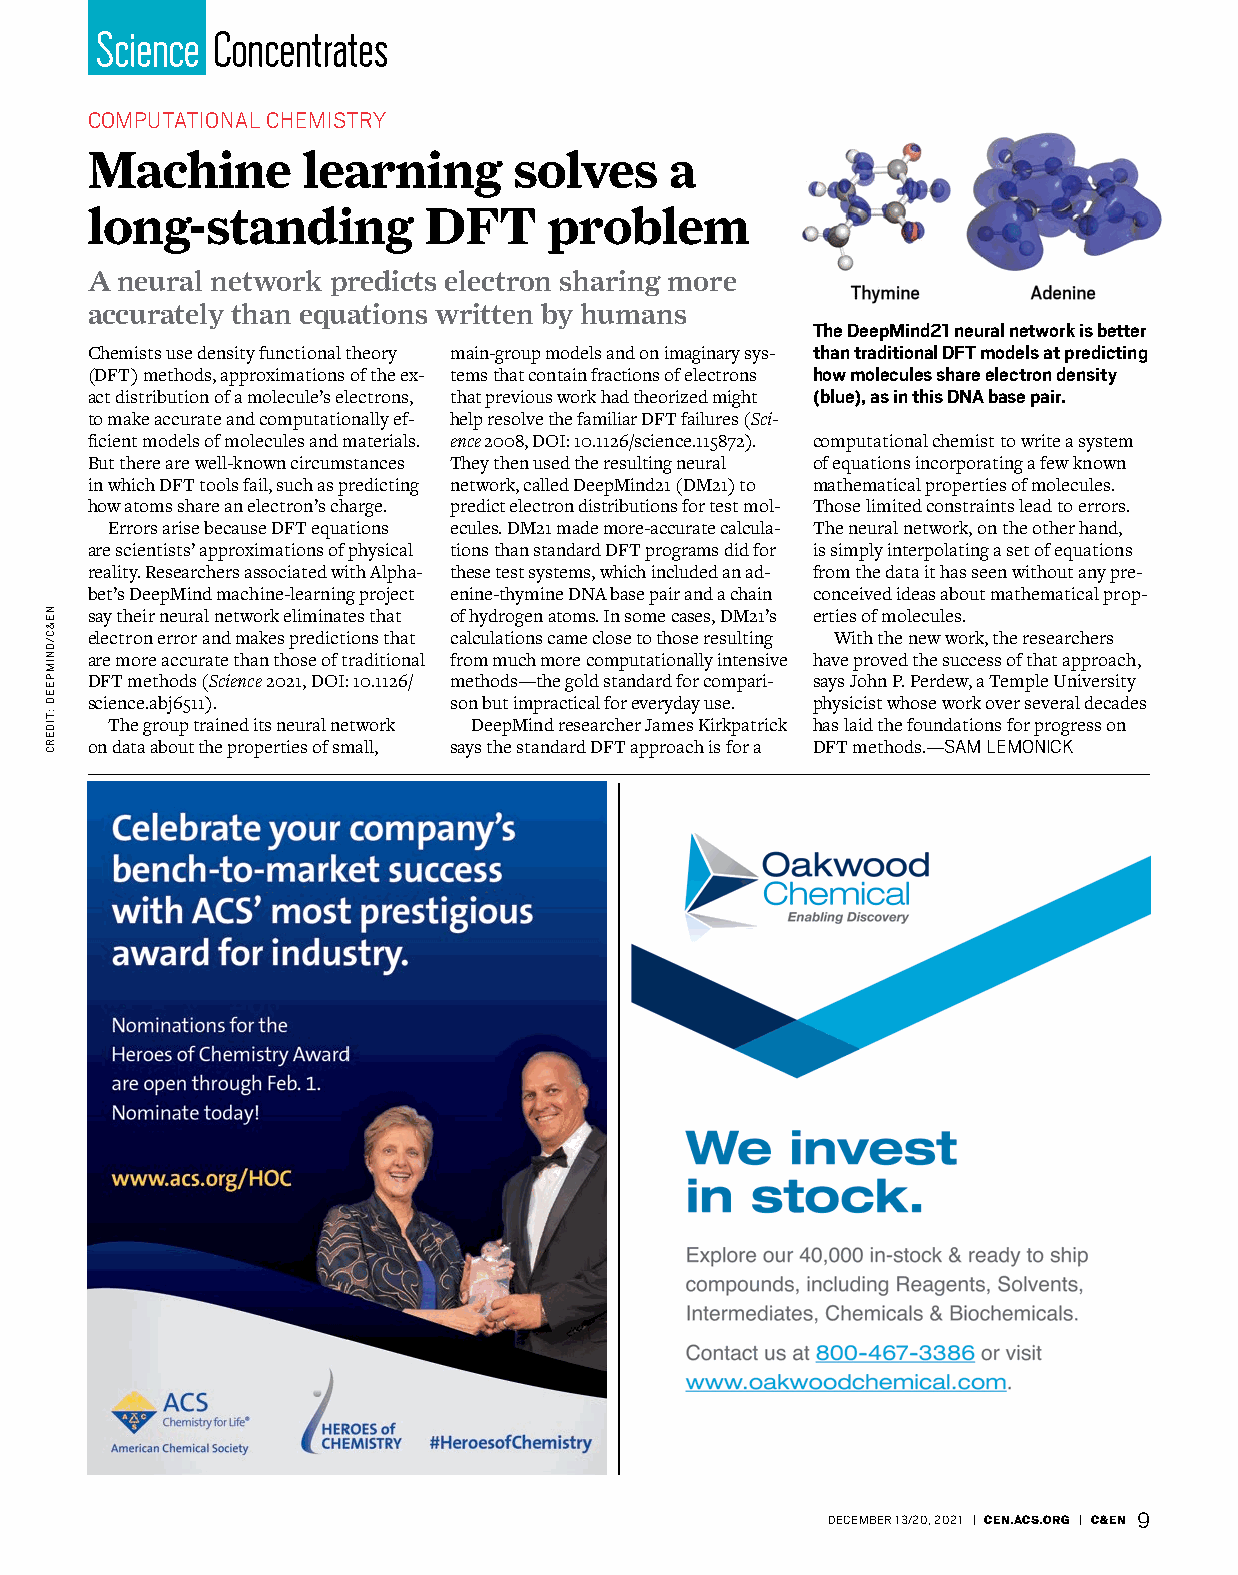
Science Concentrates
 COMPUTATIONAL CHEMISTRY
 Machine       learning      solves    a
 long-standing         DFT     problem
 A neural network predicts electron sharing more
 accurately than equations written by humans
 The DeepMind21 neural network is better
 Chemists use density functional theory main-group models and on imaginary sys- than traditional DFT models at predicting
 (DFT) methods, approximations of the ex- tems that contain fractions of electrons how molecules share electron density
 act distribution of a molecule’s electrons, that previous work had theorized might (blue), as in this DNA base pair.
 to make accurate and computationally ef- help resolve the familiar DFT failures (Sci-
 ficient models of molecules and materials. ence 2008, DOI: 10.1126/science.115872). computational chemist to write a system
 But there are well-known circumstances They then used the resulting neural of equations incorporating a few known
 in which DFT tools fail, such as predicting network, called DeepMind21 (DM21) to mathematical properties of molecules.
 how atoms share an electron’s charge. predict electron distributions for test mol- Those limited constraints lead to errors.
 Errors arise because DFT equations ecules. DM21 made more-accurate calcula- The neural network, on the other hand,
 are scientists’ approximations of physical tions than standard DFT programs did for is simply interpolating a set of equations
 reality. Researchers associated with Alpha- these test systems, which included an ad- from the data it has seen without any pre-
 bet’s DeepMind machine-learning project enine-thymine DNA base pair and a chain conceived ideas about mathematical prop-
 say their neural network eliminates that of hydrogen atoms. In some cases, DM21’s erties of molecules.
 electron error and makes predictions that calculations came close to those resulting With the new work, the researchers
 are more accurate than those of traditional from much more computationally intensive have proved the success of that approach,
 DFT methods (Science 2021, DOI: 10.1126/ methods—the gold standard for compari- says John P. Perdew, a Temple University
 science.abj6511).       son but impractical for everyday use. physicist whose work over several decades
 The group trained its neural network DeepMind researcher James Kirkpatrick has laid the foundations for progress on
 on data about the properties of small, says the standard DFT approach is for a DFT methods. —SAM LEMONICK
 DECEMBER 13/20, 2021 | CEN.ACS.ORG | C&EN 9
 NE&C/DNIMPEED
 :TIDERC